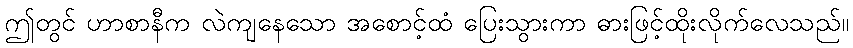
ဤတွင် ဟာစာနီက လဲကျနေသော အစောင့်ထံ ပြေးသွားကာ ဓားဖြင့်ထိုးလိုက်လေသည်။